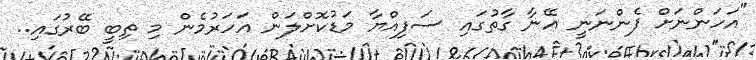
"އަހަންނަށް ފެންނަނީ އޭނާ ގާތުގައި ސަފިއްޔާ މަޑުކޮށްލަން އަހަރުމެން މި ތިބީ ބޭރުގައި..